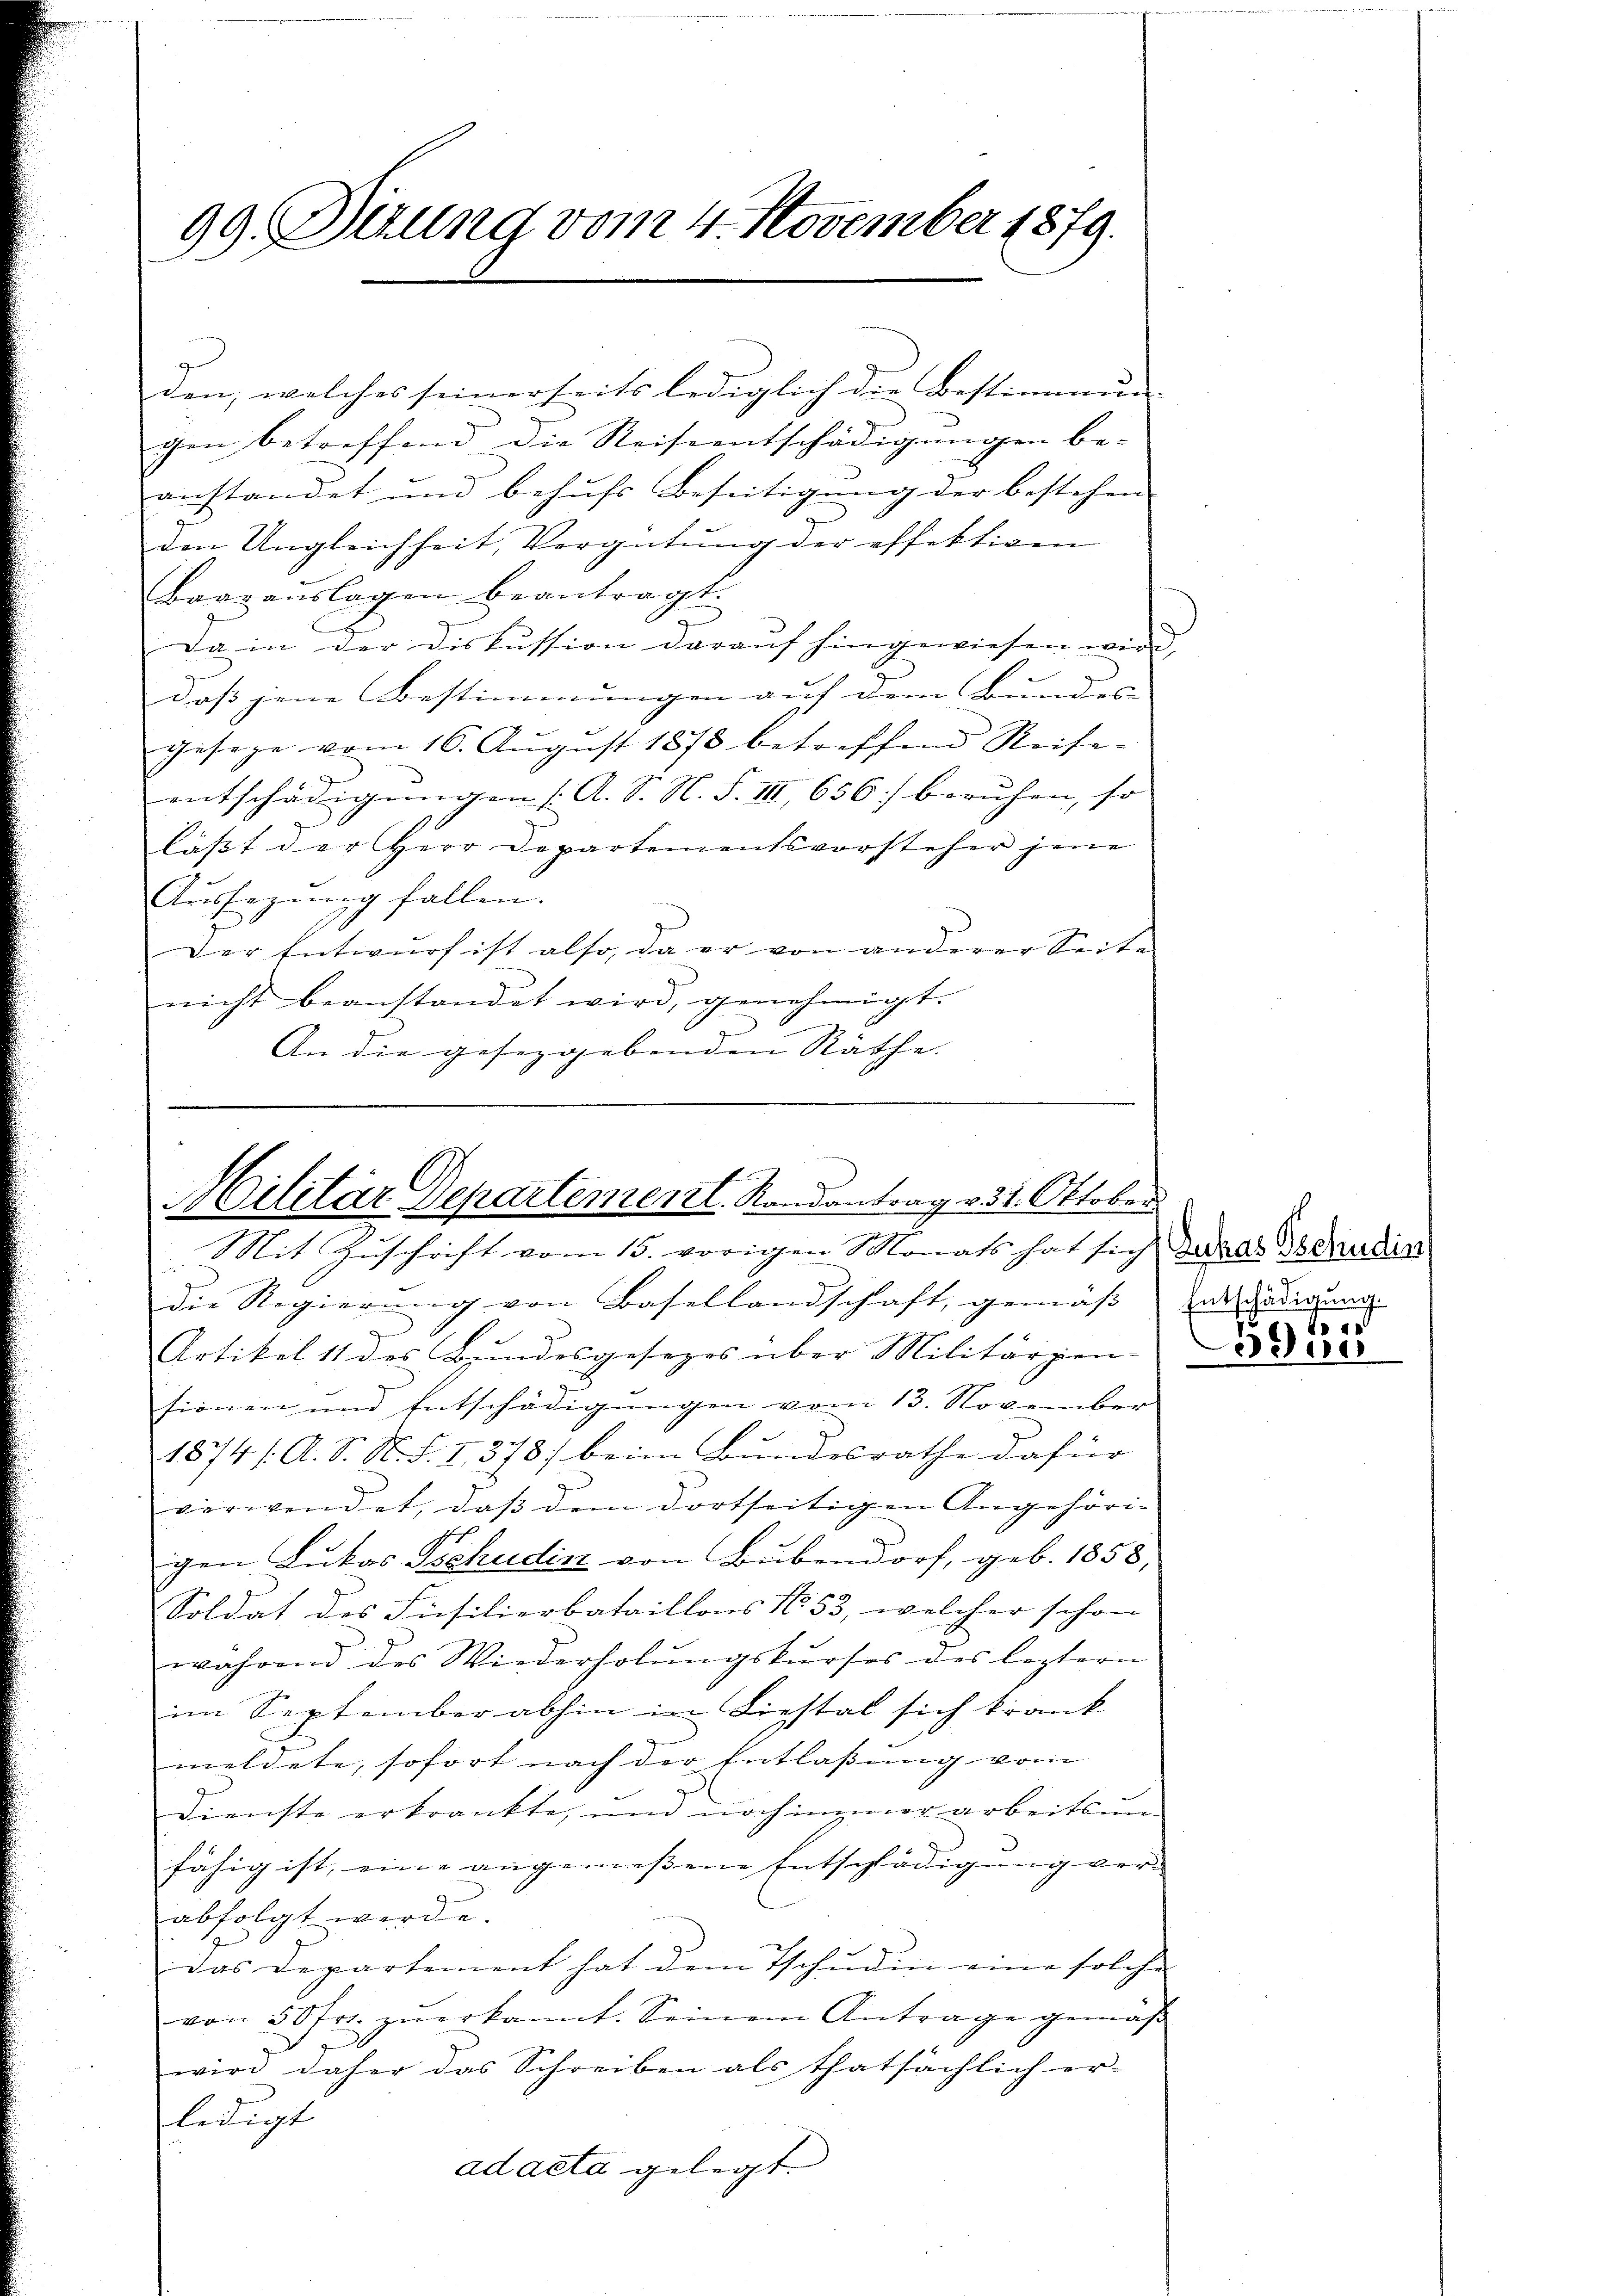
99. Dizung vom 4. November 1879.

gen betreffend die Reiseentschädigungen be-
anstandet und behufs Beseitigung der bestehen
.
den Ungleichheit, Vergütung der effektiven
Baarauslagen beantragt.
u
Da in der Diskussion darauf hingewiesen wird,
daß jene Bestimmungen auf dem Bundes- |
gesage vom 16. Aŭgust 1878 betreffend Reise-
entschädigungen (A. S. N. S. III 656] beruhen, so
lässt der Herr Departementsvorsteher jene
Voussagung fallen.
Der Entwurf ist also, da er von anderer Seite
nicht beanstandet wird, genehmigt.
e
An die gesezgebenden Räthe.

den, welches seinerseits lediglich die Bestimmung

Die Regierung von Basellandschaft, gemäß Entschädigung
Artikel 11 des Bundesgesezes über Militärgen.
sionen und Entschädigungen vom 13. November
1874 /: A. S. N. F. I., 378 beim Bundesrathe dafür
verwendet, daß dem dortseitigen Angehörigen Lukas Tschudin von Bubendorf, geb. 1858,
Soldat des Füsilierbataillons No. 53, welcher schon
während des Wiederholŭngskŭrses des leztern
im September abhin in Liestal sich krank
meldete, sofort nach der Entlassung vom
Dienste erkrankte, und noch immer arbeitsun-
fähig ist, eine angemessene Entschädigung ver-
abfolgt werde.
das Departement hat dem Tschuden eine solche
von 50 fr. zŭerkannt. Seinem Antrage gemäß
wird daher das Schreiben als thatsächlich er-
ledigt
ad acta gelegt.

Militär Departement. Randantrag v. 31. Oktober
Mit Zuschrift vom 15. vorigen Monats hat sich das Tschudin

3955